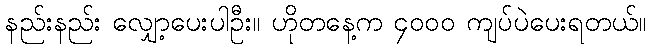
နည်းနည်း လျှော့ပေးပါဦး။ ဟိုတနေ့က ၄၀၀၀ ကျပ်ပဲပေးရတယ်။